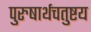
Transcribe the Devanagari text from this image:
पुरुषार्थचतुष्टय